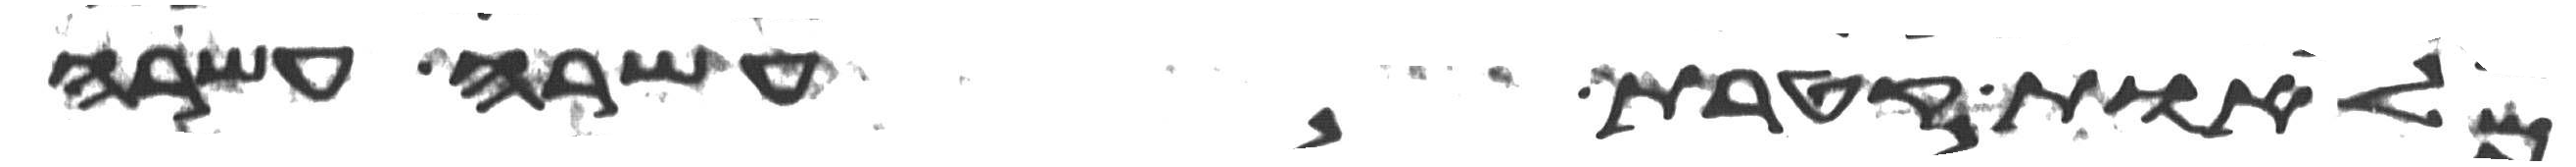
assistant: מלאות קטרת עשרה עשרה